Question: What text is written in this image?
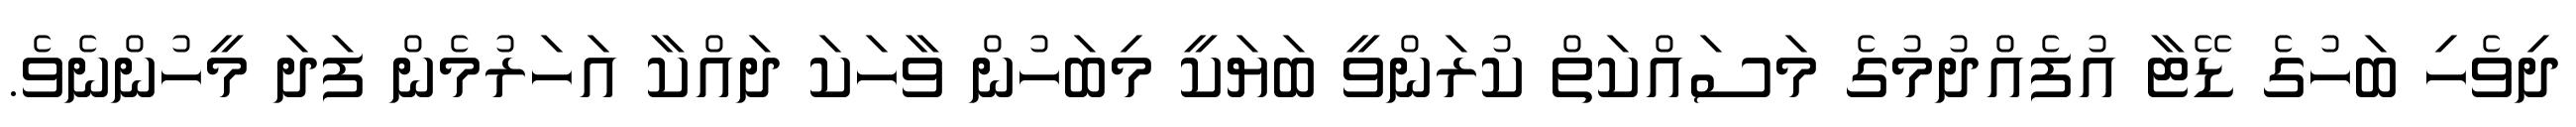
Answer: ދިވެހި ބަހުގެ ޑޭޓާ އުފެއްދުމުގެ މަސައްކަތް ކުރަންވީ ބަޔަކީ މިބަހުން ވާހަކަ ދައްކާ އަހަރުމެން ފަދަ މީހުންނެވެ.